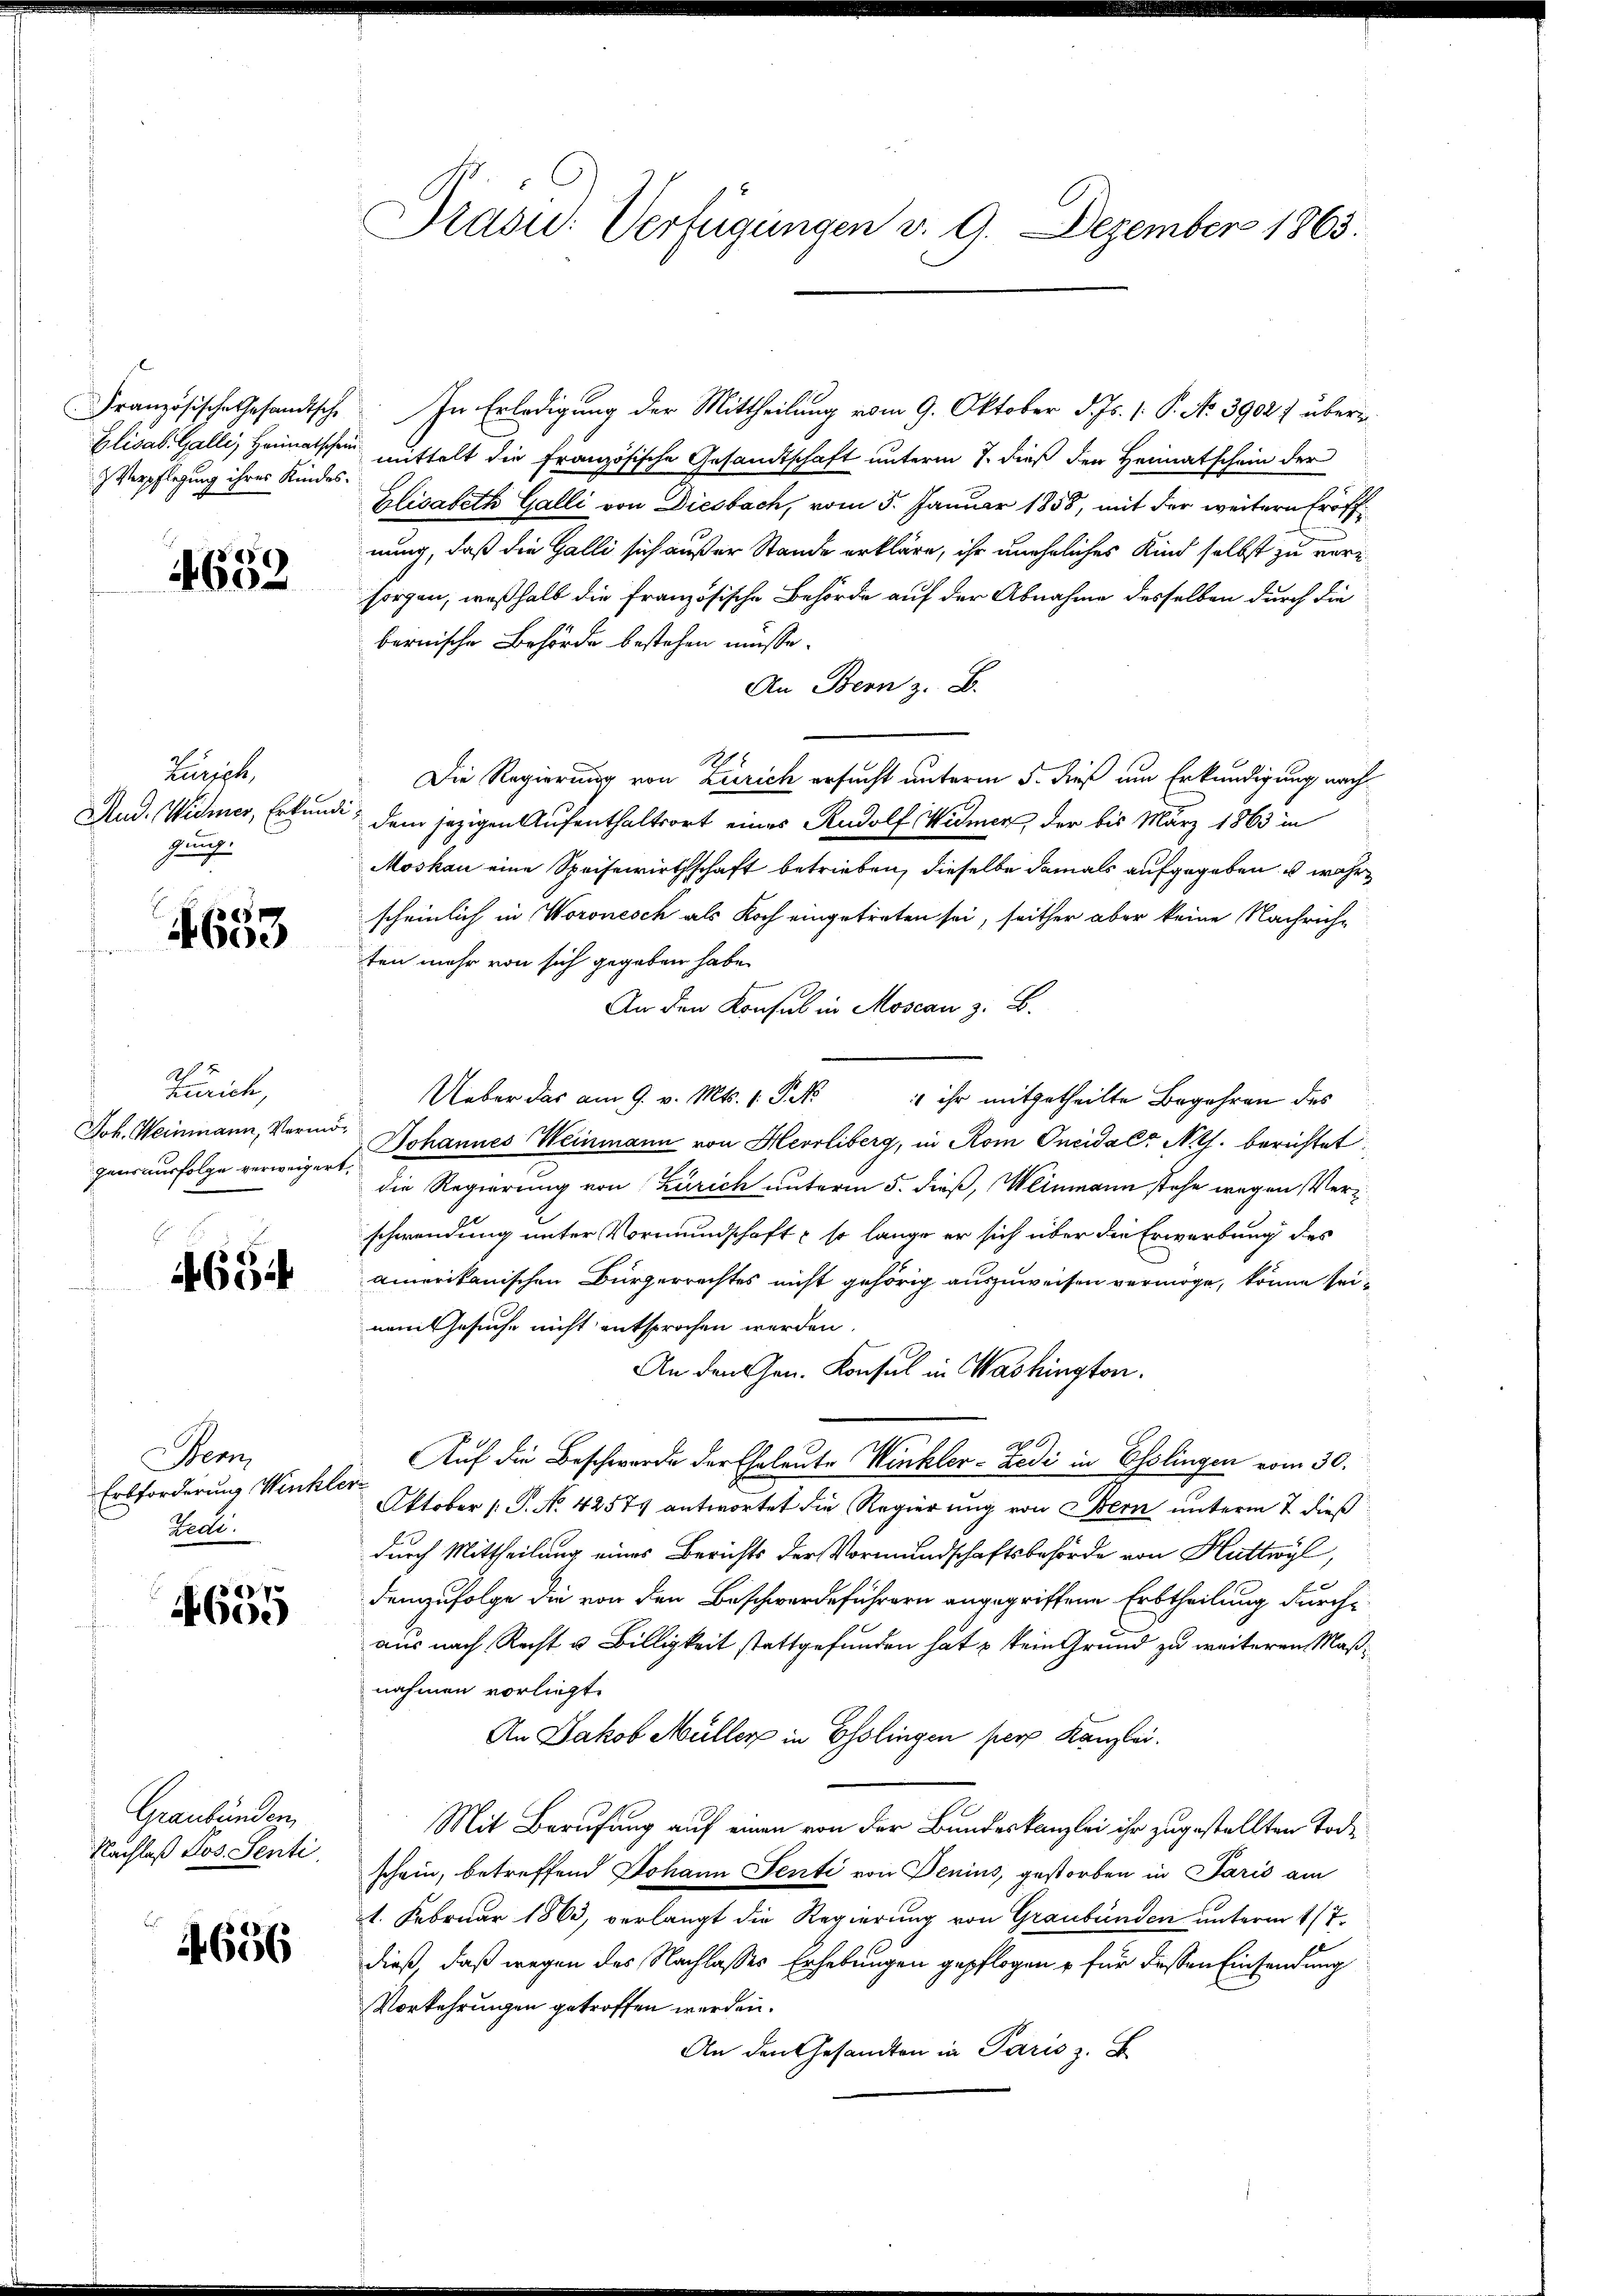
Elisab. Galli, Heimatscheid
) Verpflegung ihres Kindes¬

e
460.

Zürich,
gung

4o

A 2
Zürich,
gensausfolge verweigert,

694

Mem
Erbforderung Winkler
Zedi.

V
4600

Graubünden,
Nachlaß Jos. Senti.

4656

Drasu: Verfügungen v. 9. Dezember 1863.

Französische Gesandtsche. In Erledigung der Mittheilung vom 9. Oktober d. Js. (: P. No 3902) über
mittelt die Französische Gesandtschaft unterm 7. dieß den Heimatschein der
Elisabeth Galli von Diesbach, vom 5. Januar 1858, mit der weitern Eröffnung, daß die Galli sich außer Stande erkläre, ihr uneheliches Kind selbst zu versorgen, weßhalb die französische Behörde auf der Abnahme desselben durch die
bernische Behörde bestehen müsse.
An Bern z. B.
Die Regierung von Zürich ersucht unterm 5. dieß um Erkundigung nach¬
Mad. Widmer, Erkunde, dem jezigen Aufenthaltsort eines Rudolf Widmen, der bis März 1863 in
Moskau eine Speisewirthschaft betrieben, dieselbe damals aufgegeben, u wahrscheinlich in Woronesch als Koch eingetreten sei, seither aber keine Nachrichten mehr von sich gegeben habe.
An den Konsul in Moseau z. B.
Ueber das am 9. v. Mts. 1. Frk. 5 ihr mitgetheilte Begehren des
Joh. Weinmann, Vermög Johannes Weinmann von Herrliberg, in Rom Oncidals Noth. berichtet:
die Regierung von Zürich unterm 5. dieß, Weinmann stehe wegen Verschwendung unter Vormundschaft, so lange er sich über die Erwerbung des
amerikanischen Bürgerrechtes nicht gehörig auszuweisen vermöge, könne seinem Gesuche nicht entsprochen werden.
An den Gen. Konsul in Washington.
Auf die Beschwerde der Eheleute Winkler-Zedi in Esslingen vom 30.
Oktober (T. N. 4257 antwortet die Regierung von Bern unterm 7 dieß
durch Mittheilung eines Berichts der Vormundschaftsbehörde von Huttwyl,
demzufolge die von den Beschwerdeführern angegriffene Erbtheilung durch
aus nach Recht u. Billigkeit stattgefunden hat kein Grund zu weiteren Maßnahmen vorliegt.
An Jakob Müller in Esslingen pers Kanzlei.
Mit Berufung auf einen von der Bundeskanzlei ihr zugestellten Tode
schein, betreffend Johann Senti von Denius, gestorben in Paris am
1. Februar 1863, verlangt die Regierung von Graubünden unterm 17.
dieß, daß wegen des Nachlasses Erhebungen gepflogen u für dessen Einsendung
Vorkehrungen getroffen werden.
An den Gesandten in Paris z. B.